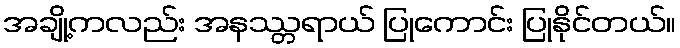
အချို့ကလည်း အနဿ္တရာယ် ပြုကောင်း ပြုနိုင်တယ်။